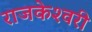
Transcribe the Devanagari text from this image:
राजकेश्‍वरी